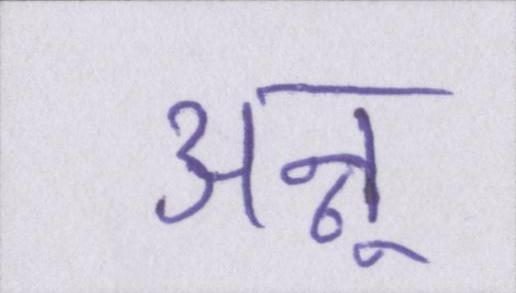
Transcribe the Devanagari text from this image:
अन्नू